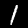
Digit: 1